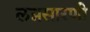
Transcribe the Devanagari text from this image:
लग्नसारणी